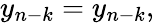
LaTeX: y_{n-k}=y_{n-k},